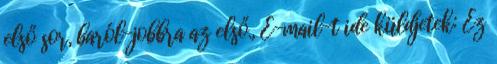
első sor, baról-jobbra az első., E-mail-t ide küldjetek: Ez